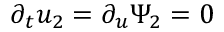
\partial _ { t } u _ { 2 } = \partial _ { u } \Psi _ { 2 } = 0